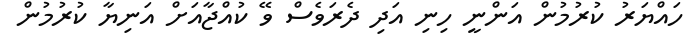
ހައްޔަރު ކުރުމުން އަންނީ ހިނި އަދި ދެރަވެސް ވޭ ކުއްޖާއަށް އަނިޔާ ކުރުމުން